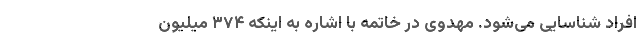
افراد شناسایی می‌شود. مهدوی در خاتمه با اشاره به اینکه ۳۷۴ میلیون